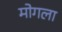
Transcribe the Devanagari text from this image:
मोगला